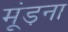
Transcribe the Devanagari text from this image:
मूंड़ना